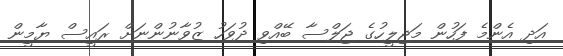
އަދި އެންމެ ފަހުން މަޖިލީހުގެ ޖަލްސާ ބޭއްވި ދުވަހު ޒުވާނުންނަށް ރައީސް ޔާމީން